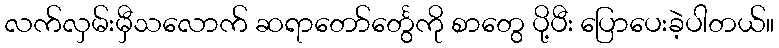
လက်လှမ်းမှီသလောက် ဆရာတော်င်္တွေကို စာတွေ ပို့ပီး ပြောပေးခဲ့ပါတယ်။